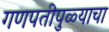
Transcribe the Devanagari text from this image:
गणपतीपुळ्याचा